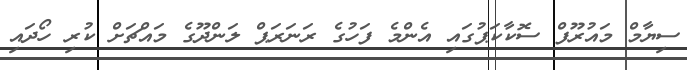
ސިޔާމް މައުރޫފް ސޮކާކަޕުގައި އެންމެ ފަހުގެ ރަނަރަޕް ލަންދޫގެ މައްޗަށް ކުރި ހޯދައި